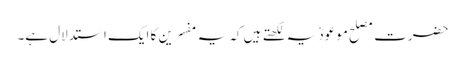
حضرت مصلح موعودؓ یہ لکھتے ہیں کہ یہ مفسرین کا ایک استدلال ہے۔